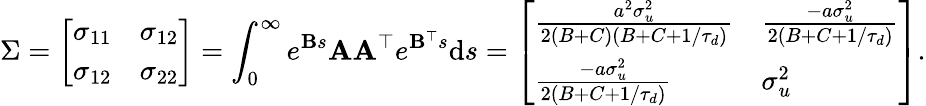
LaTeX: \Sigma=\left[\begin{array}{ll}{\sigma_{11}}&{\sigma_{12}}\\ {\sigma_{12}}&{\sigma_{22}}\end{array}\right]=\int_{0}^{\infty}e^{\mathbf{B}s}\mathbf{A}\mathbf{A}^{\top}e^{\mathbf{B}^{\top}s}\mathrm{d}s=\left[\begin{array}{ll}{\frac{a^{2}\sigma_{u}^{2}}{2(B+C)(B+C+1/\tau_{d})}}&{\frac{-a\sigma_{u}^{2}}{2(B+C+1/\tau_{d})}}\\ {\frac{-a\sigma_{u}^{2}}{2(B+C+1/\tau_{d})}}&{\sigma_{u}^{2}}\end{array}\right].